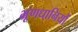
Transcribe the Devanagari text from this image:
भ्रूणधानियों